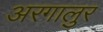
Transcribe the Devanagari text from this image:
अरगालुर